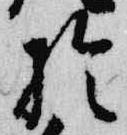
於